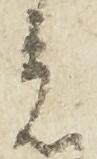
着